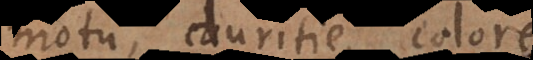
motu, duritie, colore: